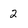
Character: 2